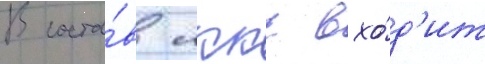
В соста́в лккс вхо́д'ит